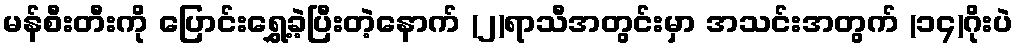
မန်စီးတီးကို ပြောင်းရွှေ့ခဲ့ပြီးတဲ့နောက် (၂)ရာသီအတွင်းမှာ အသင်းအတွက် (၁၄)ဂိုးပဲ